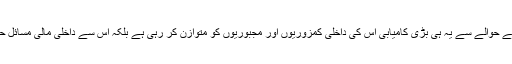
عمران حکومت کی خارجہ امور کے حوالے سے یہ ہی بڑی کامیابی اس کی داخلی کمزوریوں اور مجبوریوں کو متوازن کر رہی ہے بلکہ اس سے داخلی مالی مسائل حل ہونے میں بھی مدد مل رہی ہے۔